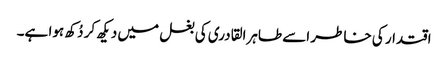
اقتدار کی خاطر اسے طاہرالقادری کی بغل میں دیکھ کر دُکھ ہوا ہے۔